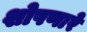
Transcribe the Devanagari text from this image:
शोषणारे